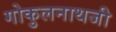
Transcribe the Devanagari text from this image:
गोकुलनाथजी